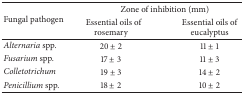
| <ROWSPAN=2> Fungal pathogen | <COLSPAN=2> Zone of inhibition (mm) |
 | Essential oils of rosemary | Essential oils of eucalyptus |
 | --- | --- | --- |
 | Alternaria spp. | 20 ± 2 | 11 ± 1 |
 | Fusarium spp. | 17 ± 3 | 11 ± 3 |
 | Colletotrichum | 19 ± 3 | 14 ± 2 |
 | Penicillium spp. | 18 ± 2 | 10 ± 2 |